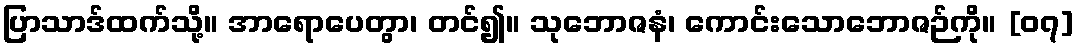
ပြာသာဒ်ထက်သို့။ အာရောပေတွာ၊ တင်၍။ သုဘောဇနံ၊ ကောင်းသောဘောဇဉ်ကို။ [၀၇]